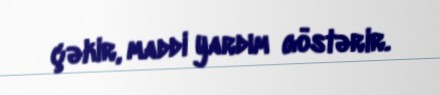
çəkir, maddi yardım göstərir.